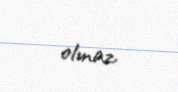
olmaz.